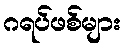
ဂရပ်ဖစ်များ